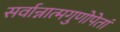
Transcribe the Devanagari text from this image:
सर्वान्नात्मगुणोपेतां